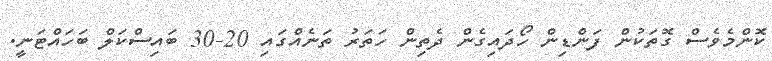
ކޮންމެވެސް ގޮތަކުން ފަންޑިން ހޯދައިގެން ދެތިން ހަތަރު ތަނެއްގައި 20-30 ބައިސްކަލް ބަހައްޓަނީ.